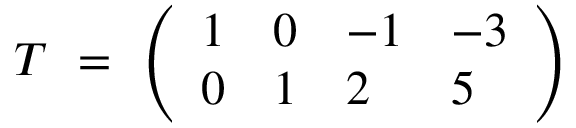
{ \cal T } ~ = ~ \left( \begin{array} { l l l l } { { 1 } } & { { 0 } } & { { - 1 } } & { { - 3 } } \\ { { 0 } } & { { 1 } } & { { 2 } } & { { 5 } } \end{array} \right)